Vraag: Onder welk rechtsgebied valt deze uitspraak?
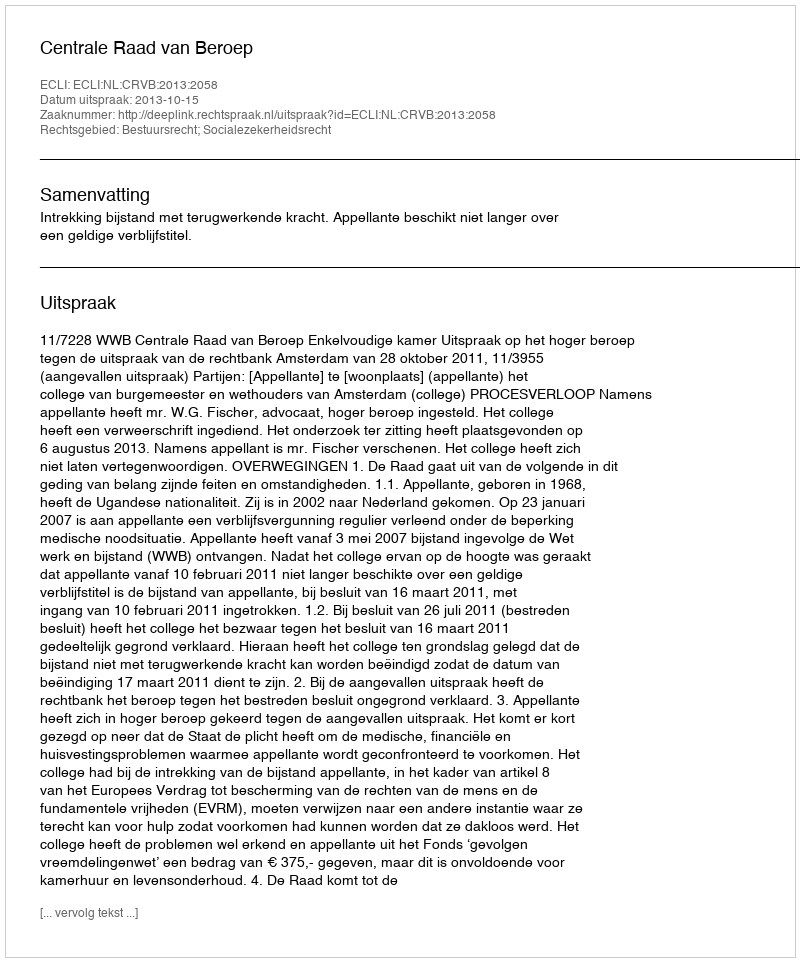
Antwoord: Bestuursrecht; Socialezekerheidsrecht